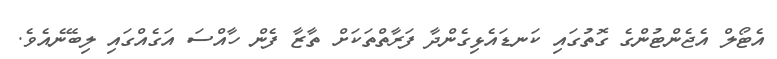
އެޓޯލް އެޖެންޓުންގެ ގޮތުގައި ކަނޑައެޅިގެންދާ ފަރާތްތަކަށް ތާޒާ ފެން ހާއްސަ އަގެއްގައި ލިބޭނެއެވެ.